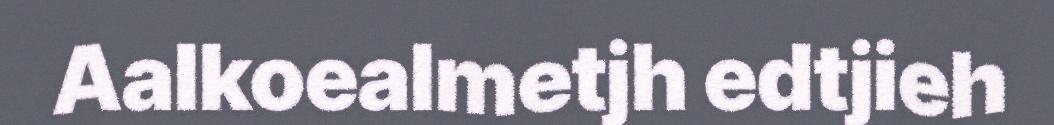
Aalkoealmetjh edtjieh